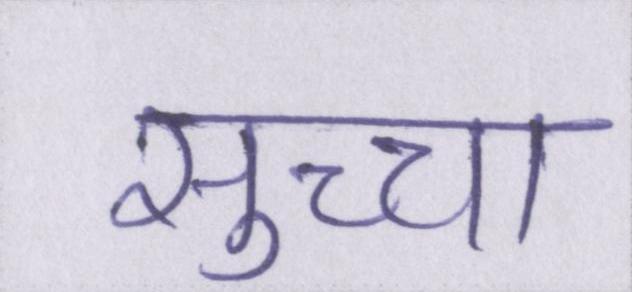
सुच्चा